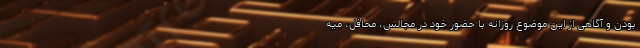
بودن و آگاهی از این موضوع روزانه با حضور خود در مجالس، محافل، میه